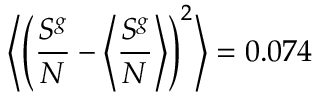
\left< \left( \frac { S ^ { g } } { N } - \left< \frac { S ^ { g } } { N } \right> \right) ^ { 2 } \right> = 0 . 0 7 4